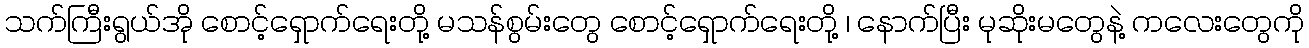
သက်ကြီးရွယ်အို စောင့်ရှောက်ရေးတို့ မသန်စွမ်းတွေ စောင့်ရှောက်ရေးတို့ ၊ နောက်ပြီး မုဆိုးမတွေနဲ့ ကလေးတွေကို